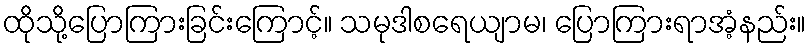
ထိုသို့ပြောကြားခြင်းကြောင့်။ သမုဒါစရေယျာမ၊ ပြောကြားရာအံ့နည်း။